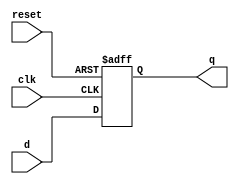
module param_register #(
    parameter WIDTH = 8  // Default width is 8 bits
)(
    input wire clk,      // Clock signal
    input wire reset,    // Active-high asynchronous reset
    input wire [WIDTH-1:0] d,  // Input data
    output reg [WIDTH-1:0] q    // Output data
);

    // Always block triggered on the rising edge of the clock or the reset signal
    always @(posedge clk or posedge reset) begin
        if (reset) begin
            q <= {WIDTH{1'b0}};  // Initialize register to zero
        end else begin
            q <= d;              // Store input data in the register
        end
    end

endmodule